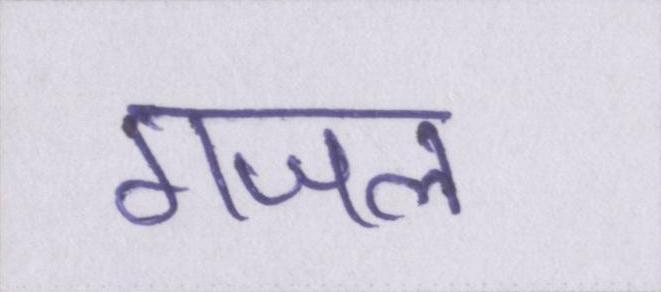
गजल